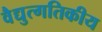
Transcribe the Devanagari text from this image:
वैद्युत्गतिकीय